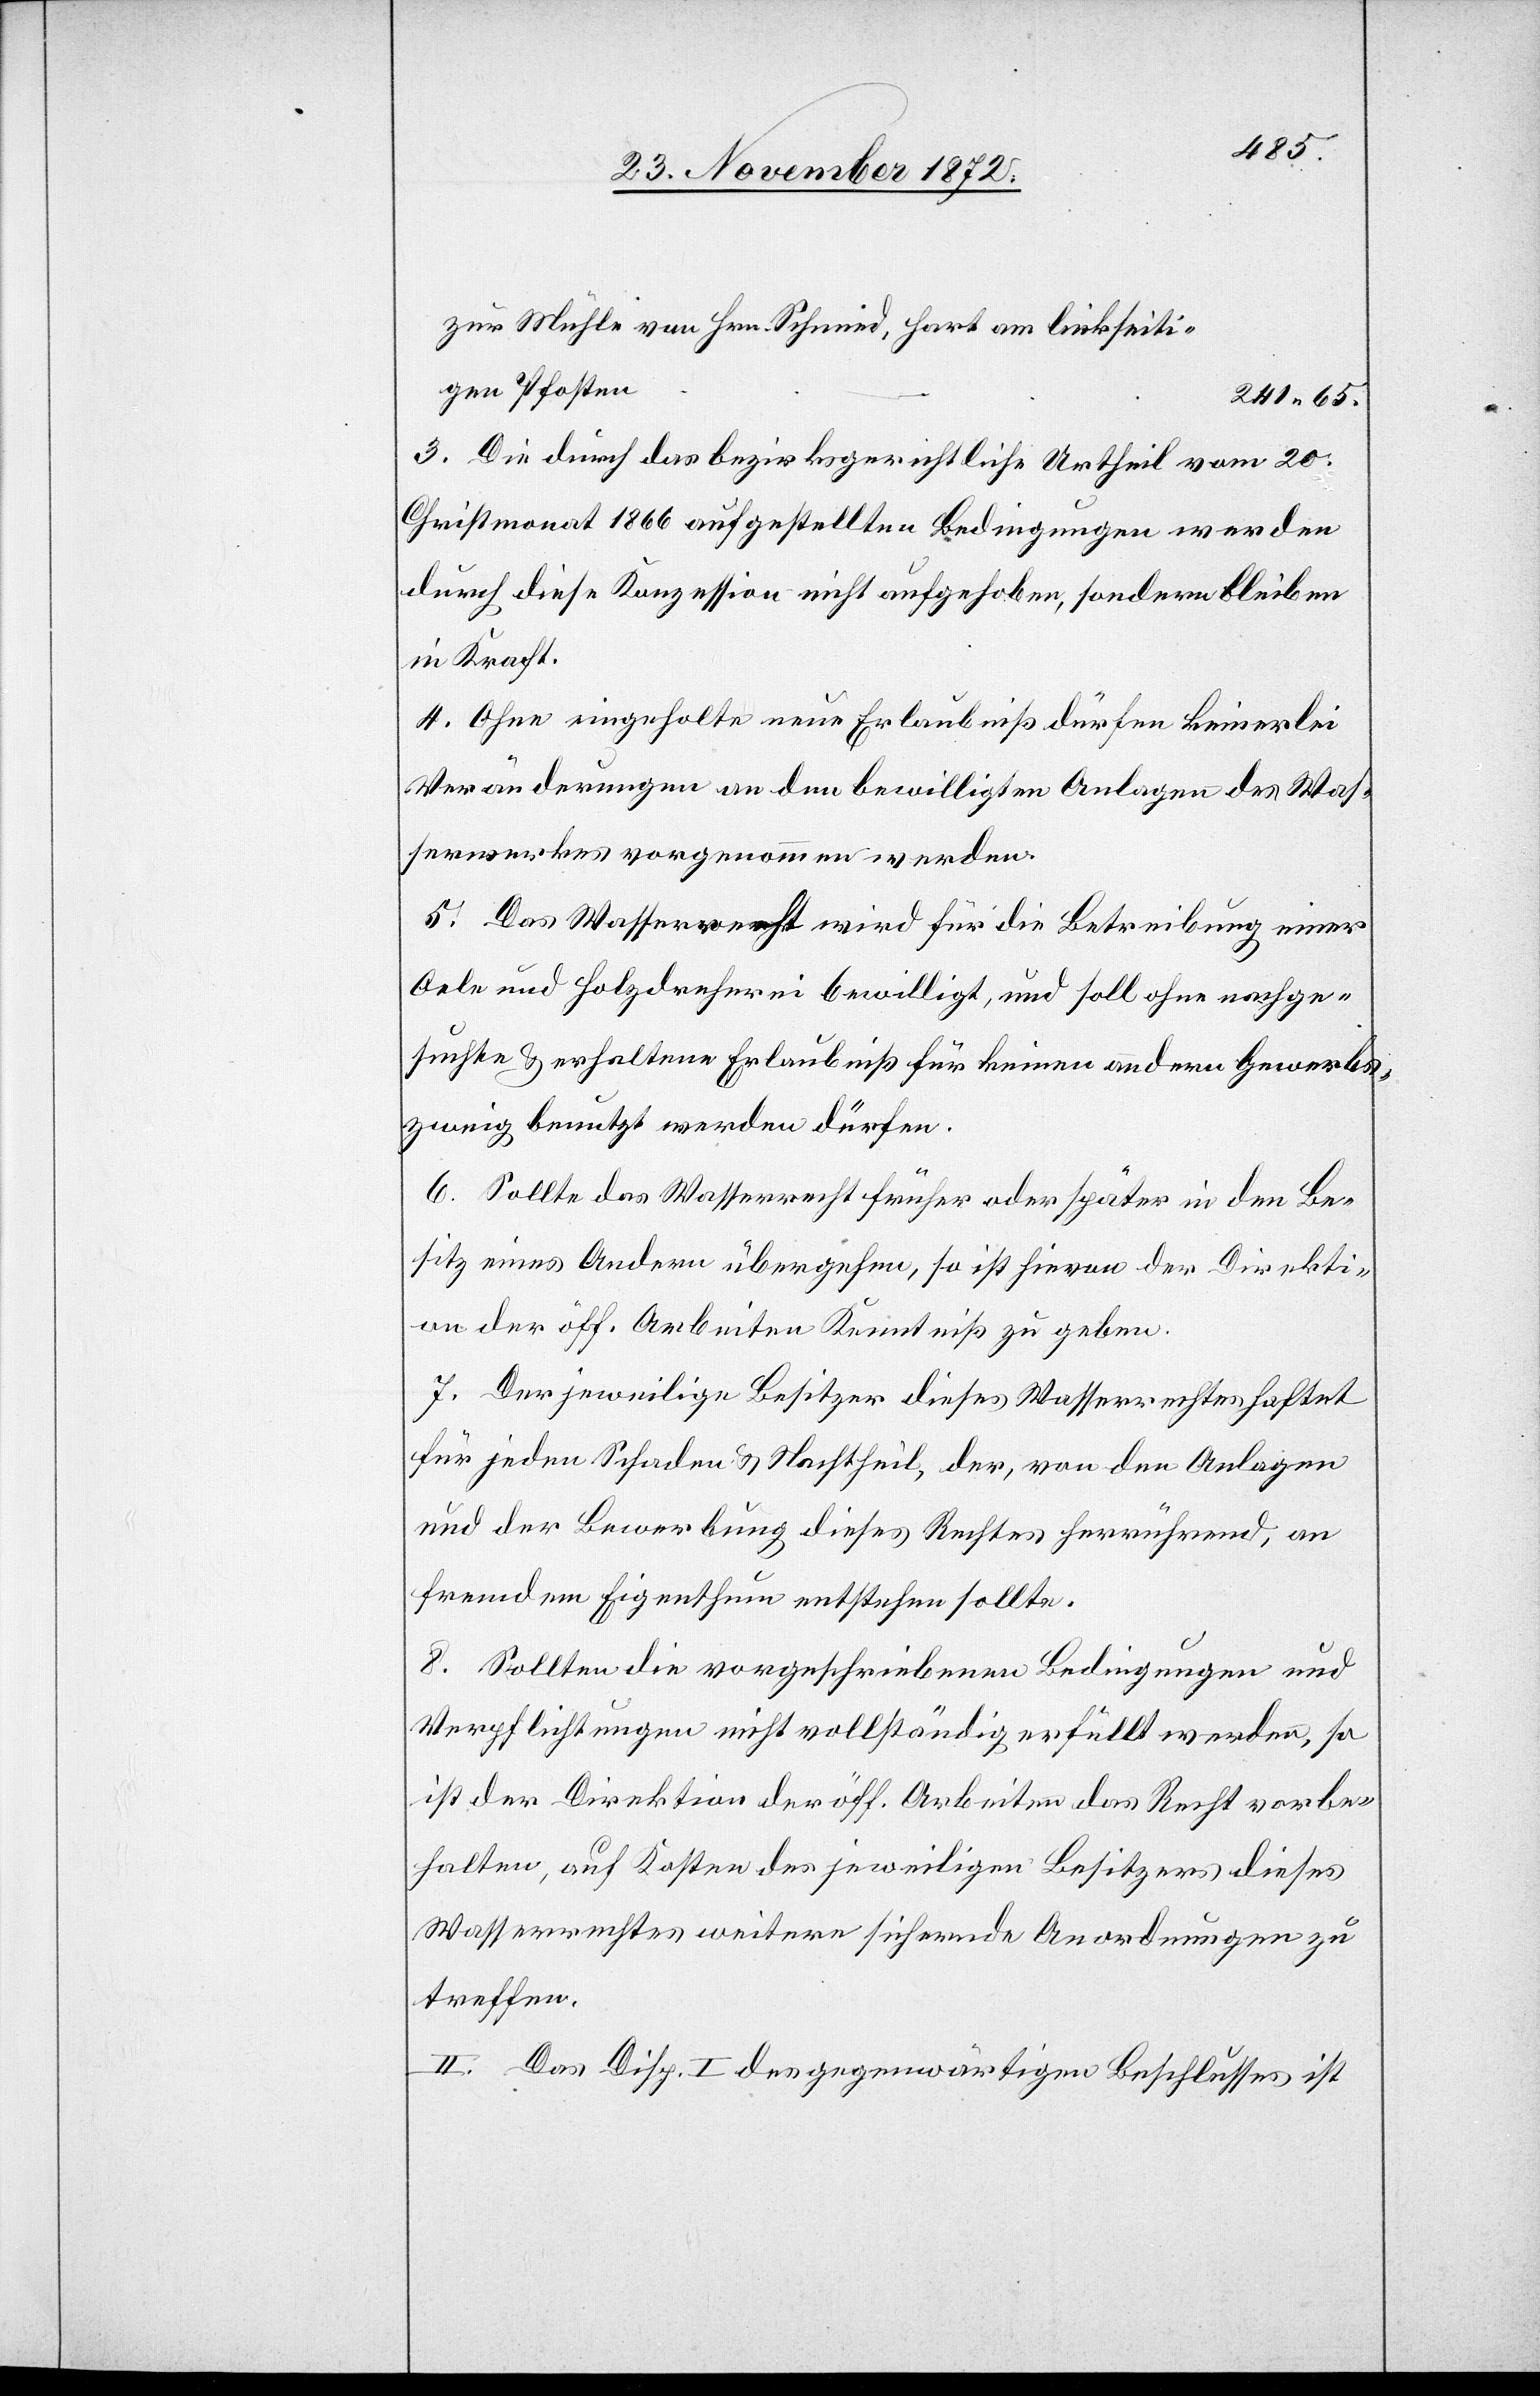
zur Mühle von Hrn. Schmied, hart am linkseiti¬
gen Pfosten
241 65.
3. Die durch das bezirksgerichtliche Urtheil vom 20.
Christmonat 1866 aufgestellten Bedingungen werden
durch diese Konzession nicht aufgehoben, sondern bleiben
in Kraft.
4. Ohne eingeholte neue Erlaubniß dürfen keinerlei
Veränderungen an den bewilligten Anlagen des Was¬
serwerkes vorgenommen werden.
5. Das Wasserrecht wird für die Betreibung einer
Oele und Holzdreherei bewilligt, und soll ohne nachge¬
suchte u. erhaltene Erlaubniß für keinen andern Gewerbs¬
zweig benutzt werden dürfen.
6. Sollte das Wasserrecht früher oder später in den Be¬
sitz eines Andern übergeben, so ist hievon der Direkti¬
on der öff. Arbeiten Kenntniß zu geben.
7. Der jeweilige Besitzer dieses Wasserrechtes haftet
für jeden Schaden u. Nachtheil, der, von den Anlagen
und der Bewerbung dieses Rechtes herrührend, an
fremdem Eigenthum entstehen sollte.
8. Sollten die vorgeschriebenen Bedingungen und
Verpflichtungen nicht vollständig erfüllt werden, so
ist der Direktion der öff. Arbeiten das Recht vorbe¬
halten, auf Kosten des jeweiligen Besitzers dieses
Wasserrechtes weitere sichernde Anordnungen zu
treffen.
II. Das Disp. I des gegenwärtigen Beschlusses ist